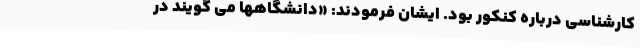
کارشناسی درباره کنکور بود. ایشان فرمودند: «دانشگاهها می گویند در